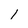
Character: l